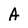
Character: A